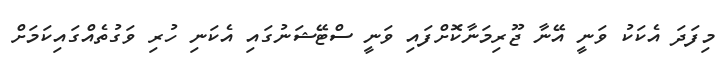
މިފަދަ އެކަކު ވަނީ އޭނާ ޖޫރިމަނާކޮށްފައި ވަނީ ސްޓޭޝަނުގައި އެކަނި ހުރި ވަގުތެއްގައިކަމަށް